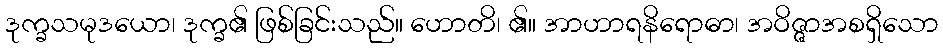
ဒုက္ခသမုဒယော၊ ဒုက္ခ၏ ဖြစ်ခြင်းသည်။ ဟောတိ၊ ၏။ အာဟာရနိရောဓာ၊ အဝိဇ္ဇာအစရှိသော